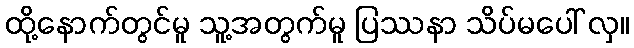
ထို့နောက်တွင်မူ သူ့အတွက်မူ ပြဿနာ သိပ်မပေါ် လှ။